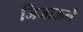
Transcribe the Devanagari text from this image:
जिजाऊने